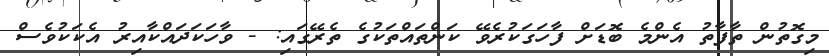
މިގޮތުން ތާފާތު އެންމެ ބޮޑަށް ފާހަގަކުރެވޭ ކަންތައްތަކުގެ ތެރޭގައި: - ވާހަކަދައްކާއިރު އެކަކުވެސް